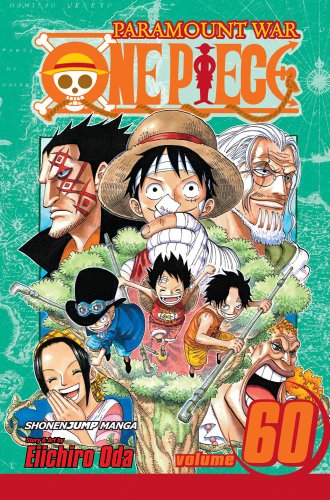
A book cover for One Piece, Vol. 60; Eiichiro Oda; Comics & Graphic Novels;